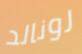
رونالد